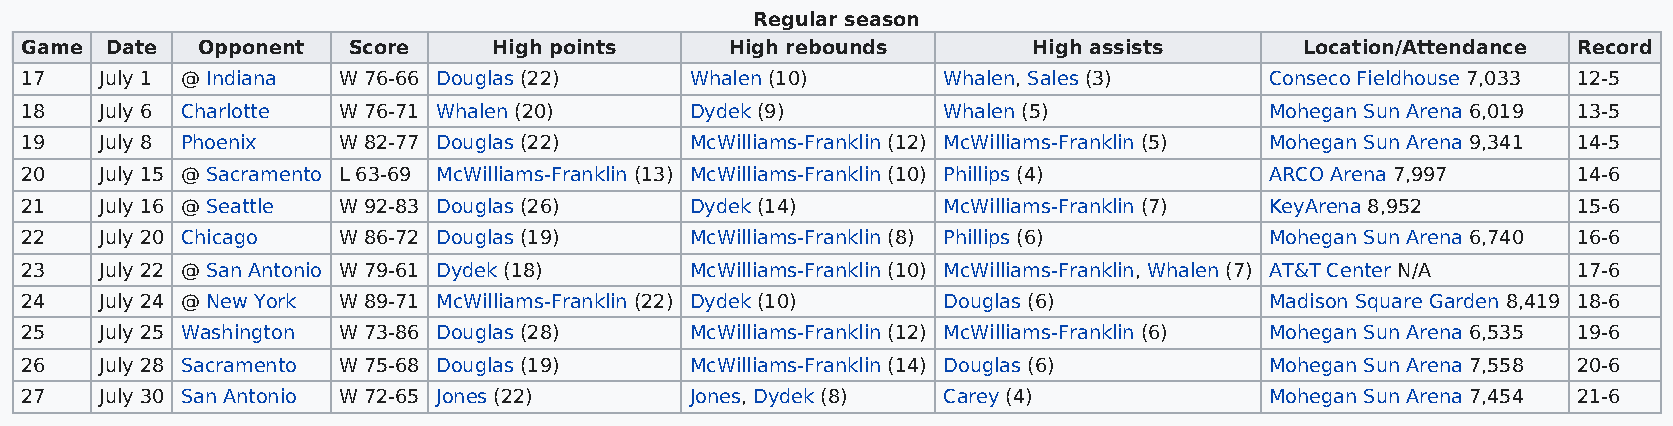
Regular season
 Game  Date  Opponent  Score     High points    High rebounds       High assists      Location/Attendance Record
 17    July 1 @ Indiana W 76-66 Douglas (22)  Whalen (10)     Whalen, Sales (3)     Conseco Fieldhouse 7,033 12-5
 18    July 6 Charlotte W 76-71 Whalen (20)   Dydek (9)       Whalen (5)            Mohegan Sun Arena 6,019 13-5
 19    July 8 Phoenix W 82-77 Douglas (22)    McWilliams-Franklin (12) McWilliams-Franklin (5) Mohegan Sun Arena 9,341 14-5
 20    July 15 @ Sacramento L 63-69 McWilliams-Franklin (13) McWilliams-Franklin (10) Phillips (4) ARCO Arena 7,997 14-6
 21    July 16 @ Seattle W 92-83 Douglas (26) Dydek (14)      McWilliams-Franklin (7) KeyArena 8,952    15-6
 22    July 20 Chicago W 86-72 Douglas (19)   McWilliams-Franklin (8) Phillips (6)  Mohegan Sun Arena 6,740 16-6
 23    July 22 @ San Antonio W 79-61 Dydek (18) McWilliams-Franklin (10) McWilliams-Franklin, Whalen (7) AT&T Center N/A 17-6
 24    July 24 @ New York W 89-71 McWilliams-Franklin (22) Dydek (10) Douglas (6)   Madison Square Garden 8,419 18-6
 25    July 25 Washington W 73-86 Douglas (28) McWilliams-Franklin (12) McWilliams-Franklin (6) Mohegan Sun Arena 6,535 19-6
 26    July 28 Sacramento W 75-68 Douglas (19) McWilliams-Franklin (14) Douglas (6) Mohegan Sun Arena 7,558 20-6
 27    July 30 San Antonio W 72-65 Jones (22) Jones, Dydek (8) Carey (4)            Mohegan Sun Arena 7,454 21-6